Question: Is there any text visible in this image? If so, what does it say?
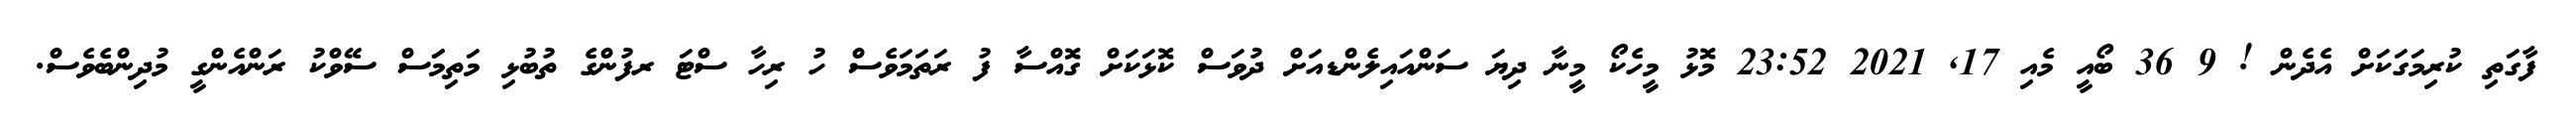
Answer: ފާގަތި ކުރިމަގަކަށް އެދެން ! 9 36 ބޯއީ މެއި 17, 2021 23:52 މޮޅު މީހެކޯ މީނާ ދިޔަ ސަންއައިލެންޑއަށް ދުވަސް ކޮޅަކަށް ގޮއްސާ ފު ރަތަމަވެސް ހު ރިހާ ސްޓަ ރފުންގެ ތުބުޅި މަތިމަަސް ސޭވްކު ރަންއެންގީ މުދިންބެވެސް.